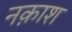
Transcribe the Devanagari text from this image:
नक़ाश